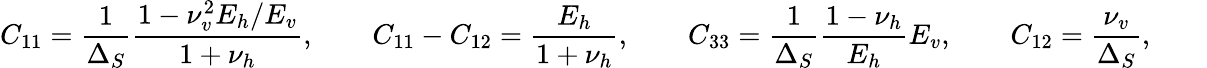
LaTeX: C_{11}=\frac{1}{\Delta_{S}}\frac{1-\nu_{v}^{2}E_{h}/E_{v}}{1+\nu_{h}},\qquad C_{11}-C_{12}=\frac{E_{h}}{1+\nu_{h}},\qquad C_{33}=\frac{1}{\Delta_{S}}\frac{1-\nu_{h}}{E_{h}}E_{v},\qquad C_{12}=\frac{\nu_{v}}{\Delta_{S}},\qquad